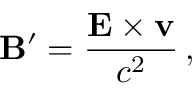
\mathbf { B } ^ { \prime } = { \frac { \mathbf { E } \times \mathbf { v } } { c ^ { 2 } } } \, ,